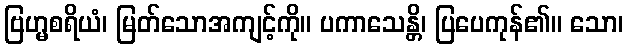
ဗြဟ္မစရိယံ၊ မြတ်သောအကျင့်ကို။ ပကာသေန္တိ၊ ပြပေကုန်၏။ သော၊